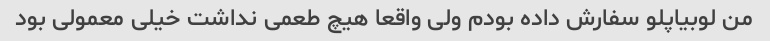
من لوبیاپلو سفارش داده بودم ولی واقعا هیچ طعمی نداشت خیلی معمولی بود